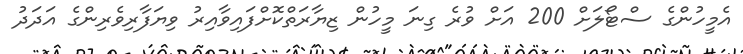
އެމީހުންގެ ސްޓޯލަށް 200 އަށް ވުރެ ގިނަ މީހުން ޒިޔާރަތްކޮށްފައިވާއިރު ވިޔަފާރިވެރިންގެ އަދަދު